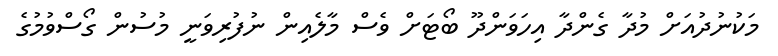
މަކުނުދުއަށް މުދާ ގެންދާ އިހަވަންދޫ ބޯޓަށް ވެސް މާލެއިން ނުފުރިވަނީ މުސުން ގޯސްވުމުގެ